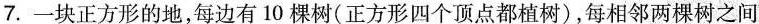
7.一块正方形的地，每边有10棵树(正方形四个顶点都植树)，每相邻两棵树之间